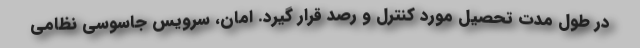
در طول مدت تحصیل مورد کنترل و رصد قرار گیرد. امان، سرویس جاسوسی نظامی